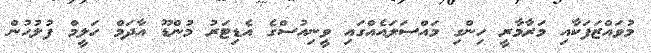
މުވައްޒަފަކާއި މަރާމާރީ ހިންގި މައްސަލައެއްގައި ވީނިއުސްގެ އެޑިޓަރު މުންޑޫ އާދަމް ހަލީމް ފުލުހުން